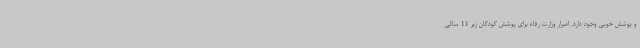
و پوشش خوبی وجود دارد. اصرار وزارت رفاه برای پوشش کودکان زیر 11 سالی